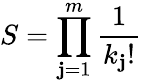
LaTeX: S=\prod_{\mathbf{j}=1}^{m}{\frac{{1}}{{k_{\mathbf{j}}!}}}